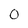
Character: 0